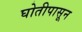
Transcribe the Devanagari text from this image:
घोतीपासून